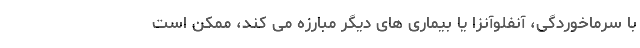
با سرماخوردگی، آنفلوآنزا یا بیماری های دیگر مبارزه می کند، ممکن است